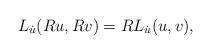
LaTeX: \begin{align*} L_{\dot{u}}(Ru, Rv) = R L_{\dot{u}}(u,v), \end{align*}